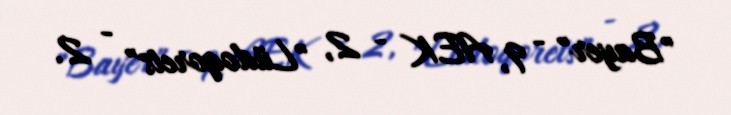
"Bayer" - 9, AEK - 2, "Lüdoqorets" - 2.